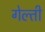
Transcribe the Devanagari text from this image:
गेल्ती